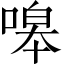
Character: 嗥